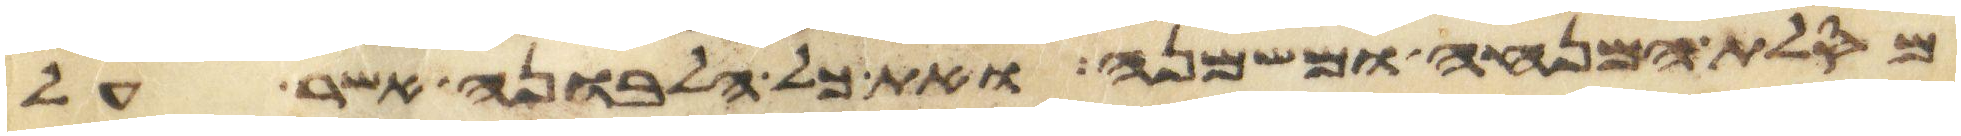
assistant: מסלת המנחה ומשמנה ואת כל הלבונה אשר על